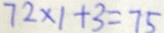
7 2 \times 1 + 3 = 7 5